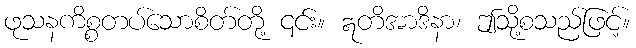
ဖုသနကိစ္စတပ်သောစိတ်တို့ ၎င်း။ ဣတိအာဒိနာ၊ ဤသို့စသည်ဖြင့်။